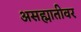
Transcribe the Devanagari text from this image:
असह्मातीवर